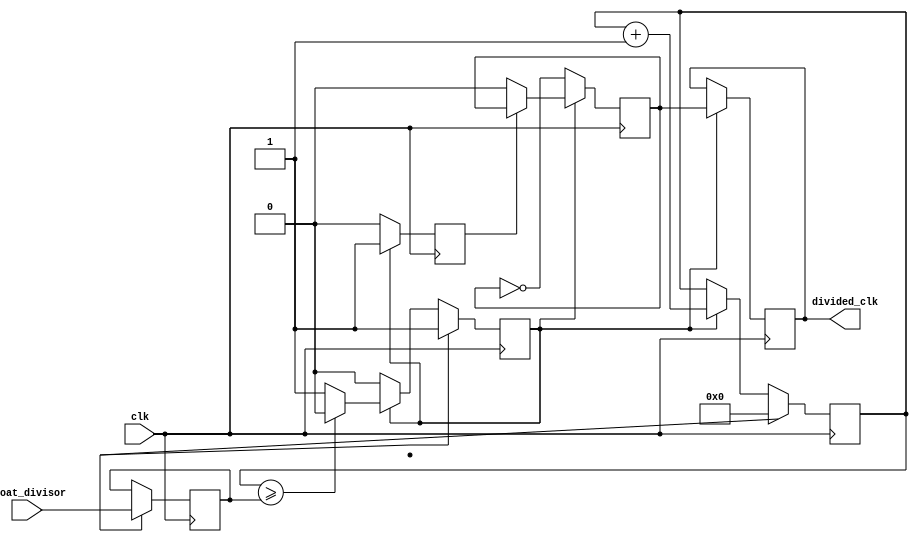
module floating_point_clock_divider (
    input wire clk,
    input wire [31:0] float_divisor,
    output wire divided_clk
);

reg [31:0] integer_divisor;
reg [31:0] count;
reg divided_clk_reg;
reg reset_sync, sync1, sync2, lock;

// Synchronization blocks
always @(posedge clk) begin
    if (reset_sync)
        integer_divisor <= float_divisor;
end

always @(posedge clk) begin
    if (reset_sync) begin
        sync1 <= 1;
        count <= 0;
    end else if (sync1) begin
        count <= count + 1;
        if (count >= integer_divisor)
            sync1 <= 0;
    end
end

always @(posedge clk) begin
    if (!sync1) begin
        sync2 <= 0;
        divided_clk_reg <= !divided_clk_reg;
    end else if (!sync2) begin
        sync2 <= 1;
        divided_clk_reg <= 0;
    end
end

// Clock divider logic
always @(posedge clk) begin
    if (sync1)
        divided_clk <= divided_clk_reg;
end

endmodule